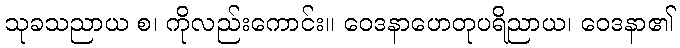
သုခသညာယ စ၊ ကိုလည်းကောင်း။ ဝေဒနာဟေတုပရိညာယ၊ ဝေဒနာ၏